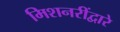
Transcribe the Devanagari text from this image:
मिशनरींद्वारे